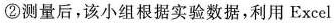
②测量后，该小组根据实验数据，利用Excel